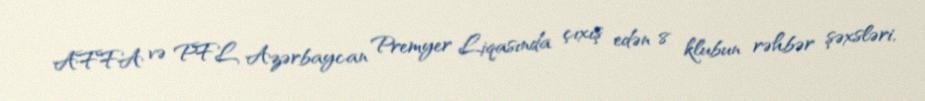
AFFA və PFL Azərbaycan Premyer Liqasında çıxış edən 8 klubun rəhbər şəxsləri,